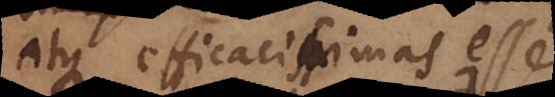
atque effficacissimas esse,